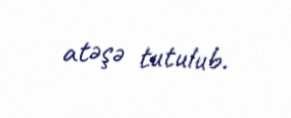
atəşə tutulub.